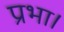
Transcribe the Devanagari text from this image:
प्रभा।